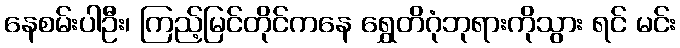
နေစမ်းပါဦး၊ ကြည့်မြင်တိုင်ကနေ ရွှေတိဂုံဘုရားကိုသွား ရင် မင်း